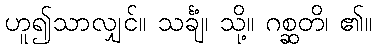
ဟူ၍သာလျှင်။ သင်္ချံ၊ သို့။ ဂစ္ဆတိ၊ ၏။